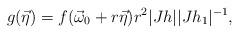
LaTeX: \begin{align*} g(\vec \eta) = f(\vec \omega_0 + r \vec \eta) r^2 |J h| |J h_1|^{-1},\end{align*}